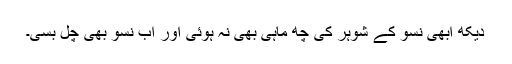
دیکھ ابھی نسو کے شوہر کی چھ ماہی بھی نہ ہوئی اور اب نسو بھی چل بسی۔